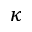
\kappa